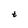
Character: t